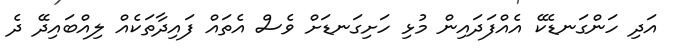
އަދި ހަންގަނޑެކޭ އެއްފަދައިން މުޅި ހަށިގަނޑަށް ވެސް އެތައް ފައިދާތަކެއް ލިއްބައިދޭ ދެ